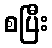
စပြီး